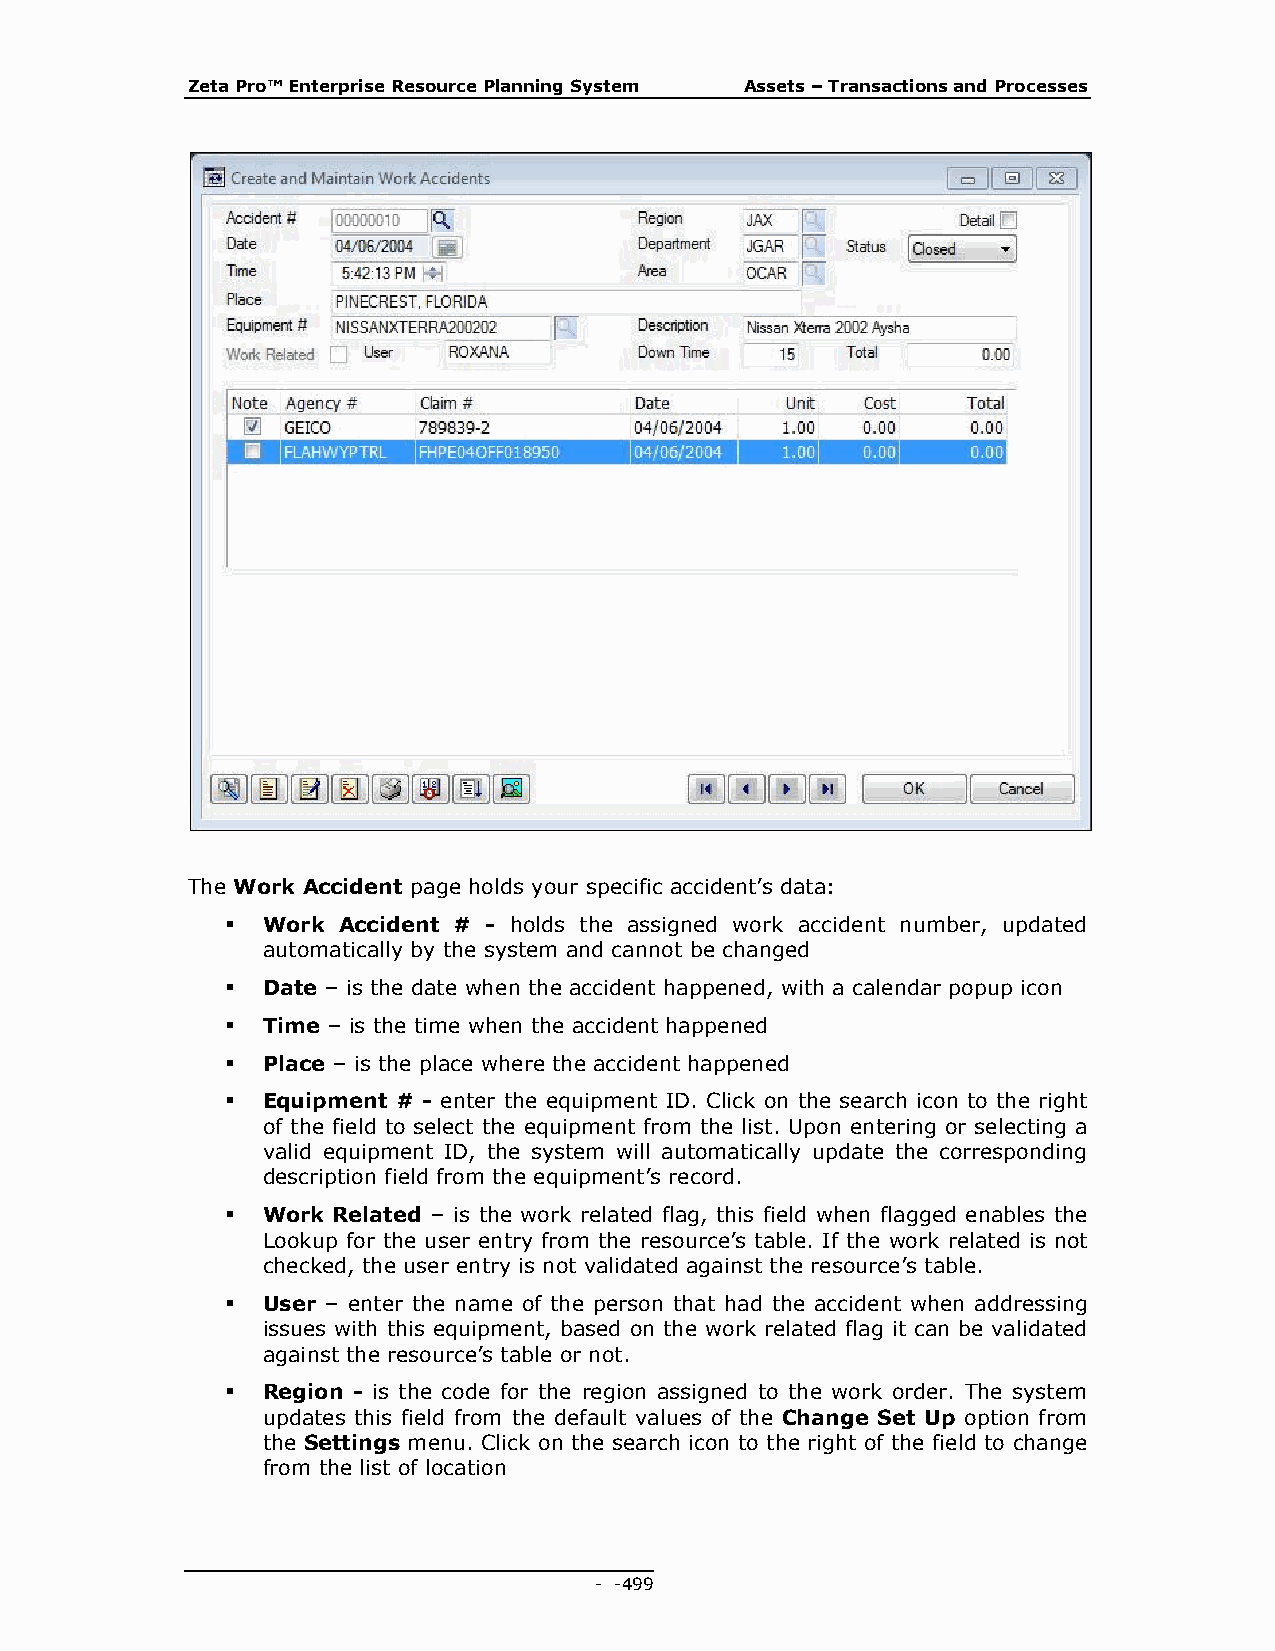
Zeta Pro™ Enterprise Resource Planning System Assets – Transactions and Processes
 The Work Accident page holds your specific accident’s data:
  Work Accident # - holds the assigned work accident number, updated
 automatically by the system and cannot be changed
  Date – is the date when the accident happened, with a calendar popup icon
  Time – is the time when the accident happened
  Place – is the place where the accident happened
  Equipment # - enter the equipment ID. Click on the search icon to the right
 of the field to select the equipment from the list. Upon entering or selecting a
 valid equipment ID, the system will automatically update the corresponding
 description field from the equipment’s record.
  Work Related – is the work related flag, this field when flagged enables the
 Lookup for the user entry from the resource’s table. If the work related is not
 checked, the user entry is not validated against the resource’s table.
  User – enter the name of the person that had the accident when addressing
 issues with this equipment, based on the work related flag it can be validated
 against the resource’s table or not.
  Region - is the code for the region assigned to the work order. The system
 updates this field from the default values of the Change Set Up option from
 the Settings menu. Click on the search icon to the right of the field to change
 from the list of location
 - - 499